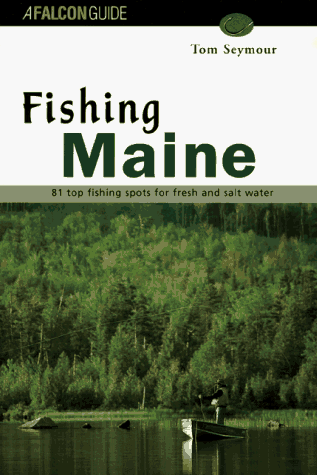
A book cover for Fishing Maine (Regional Fishing Series); Tom Seymour; Travel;